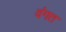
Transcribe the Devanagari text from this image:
वंगत